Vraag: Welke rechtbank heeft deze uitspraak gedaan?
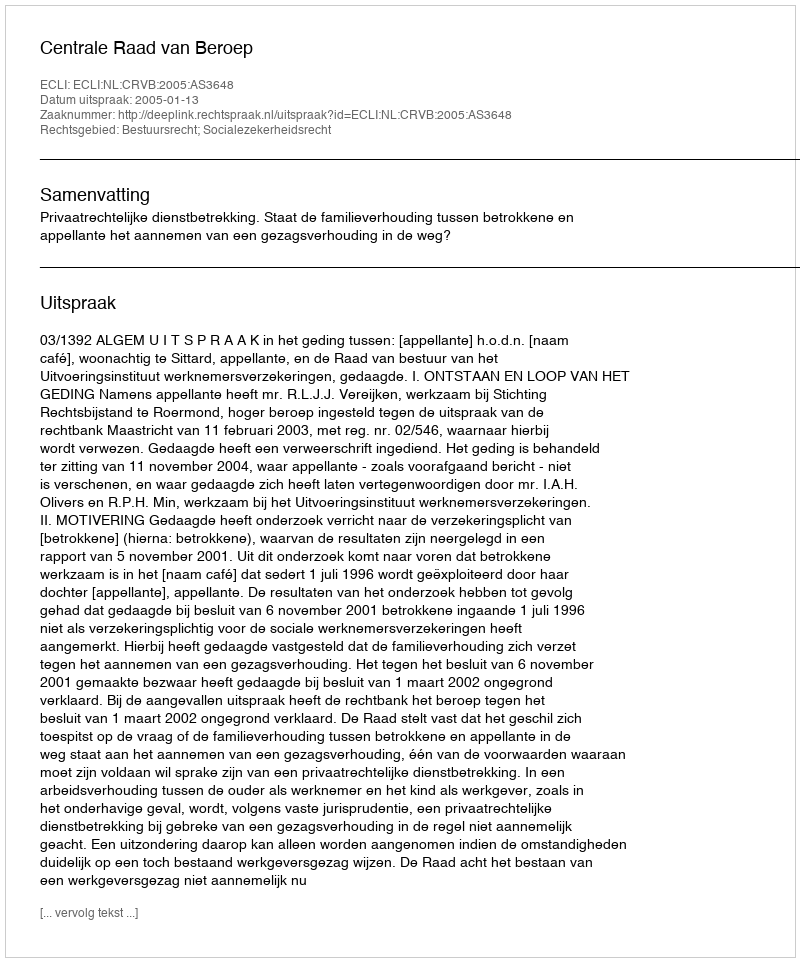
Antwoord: Centrale Raad van Beroep